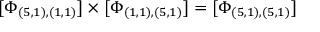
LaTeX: \lbrack \Phi _ { ( 5 , 1 ) , ( 1 , 1 ) } ] \times [ \Phi _ { ( 1 , 1 ) , ( 5 , 1 ) } ] = [ \Phi _ { ( 5 , 1 ) , ( 5 , 1 ) } ]